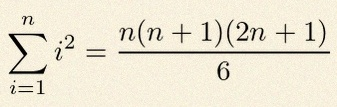
\sum_{i=1}^{n}i^2=\frac{n(n+1)(2n+1)}6